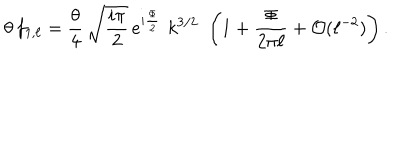
\theta \, f _ { 1 , \ell } = \frac { \theta } { 4 } \, \sqrt { \frac { i \pi } { 2 } } \, e ^ { i \frac { \Phi } { 2 } } \, \, k ^ { 3 / 2 } \, \, \left( 1 + \frac { \Phi } { 2 \pi \ell } + { \cal O } ( \ell ^ { - 2 } ) \right) .